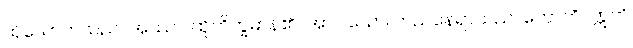
ထိုသောကသည်။ အဿာ၊ ထိုဘိက္ခမာန်၏။ အာဝါသော၊ တည်နေရာသည်။ ဟောတိ။ ဣတိ